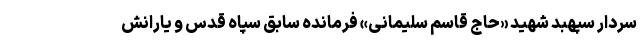
سردار سپهبد شهید «حاج قاسم سلیمانی» فرمانده سابق سپاه قدس و یارانش